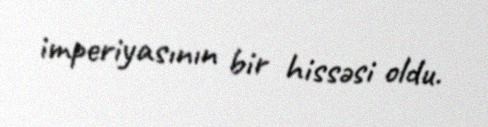
imperiyasının bir hissəsi oldu.